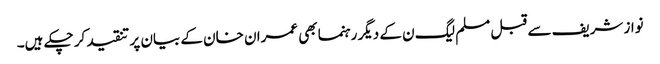
نواز شریف سے قبل مسلم لیگ ن کے دیگر رہنما بھی عمران خان کے بیان پر تنقید کر چکے ہیں۔